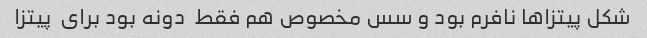
شکل پیتزاها نافرم بود و سس مخصوص هم فقط  دونه بود برای  پیتزا